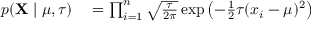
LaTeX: \begin{array} { r l } { p ( \mathbf { X } \mid \mu , \tau ) } & { { } = \prod _ { i = 1 } ^ { n } { \sqrt { \frac { \tau } { 2 \pi } } } \exp \left( - { \frac { 1 } { 2 } } \tau ( x _ { i } - \mu ) ^ { 2 } \right) } \end{array}